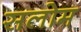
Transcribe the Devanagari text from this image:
सलोम